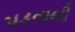
પડવાથી